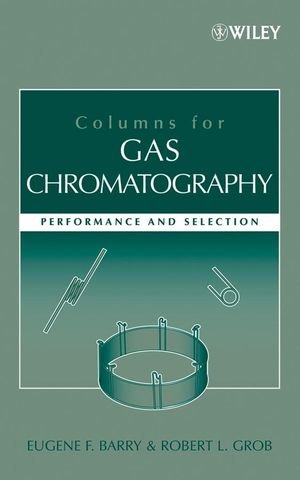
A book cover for Columns for Gas Chromatography: Performance and Selection; Eugene F. Barry PhD; Science & Math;